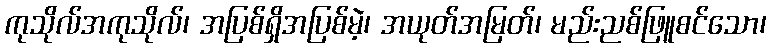
ကုသိုလ်အကုသိုလ်၊ အပြစ်ရှိအပြစ်မဲ့၊ အယုတ်အမြတ်၊ မည်းညစ်ဖြူစင်သော၊